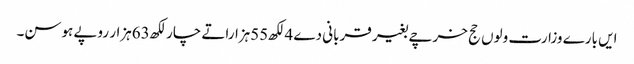
ایں بارے وزارت ولوں حج خرچے بغیر قربانی دے 4لکھ55ہزاراتے چار لکھ63ہزار روپے ہوسن۔